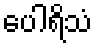
ပေါရိသံ